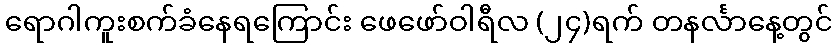
ရောဂါကူးစက်ခံနေရကြောင်း ဖေဖော်ဝါရီလ (၂၄)ရက် တနင်္လာနေ့တွင်